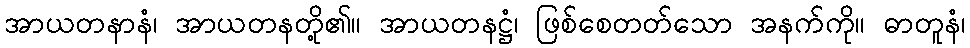
အာယတနာနံ၊ အာယတနတို့၏။ အာယတနဋ္ဌံ၊ ဖြစ်စေတတ်သော အနက်ကို။ ဓာတူနံ၊